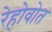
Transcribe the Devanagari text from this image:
रेहोवोत